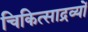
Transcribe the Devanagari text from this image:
चिकित्साद्रव्यों